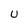
Character: U